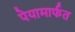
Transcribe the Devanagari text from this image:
पेयामार्फत